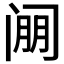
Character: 𰿱